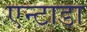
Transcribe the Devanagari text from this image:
एन्टाडा